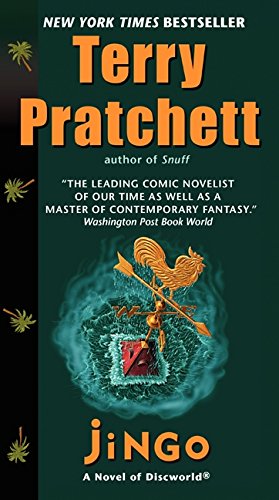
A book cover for Jingo: A Novel of Discworld; Terry Pratchett; Science Fiction & Fantasy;